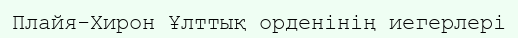
Плайя-Хирон Ұлттық орденінің иегерлері